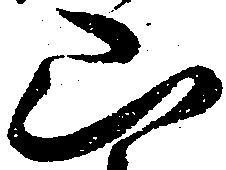
山